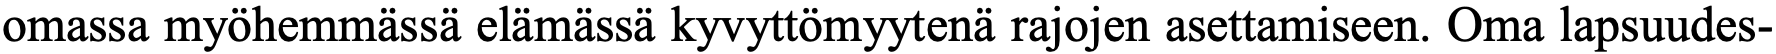
omassa myöhemmässä elämässä kyvyttömyytenä rajojen asettamiseen. Oma lapsuudes-